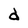
Character: d